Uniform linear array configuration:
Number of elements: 8
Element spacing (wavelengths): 0.5
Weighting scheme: hann
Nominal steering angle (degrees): -60
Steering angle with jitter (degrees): -59.9
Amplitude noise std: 0.05
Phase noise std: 0.05

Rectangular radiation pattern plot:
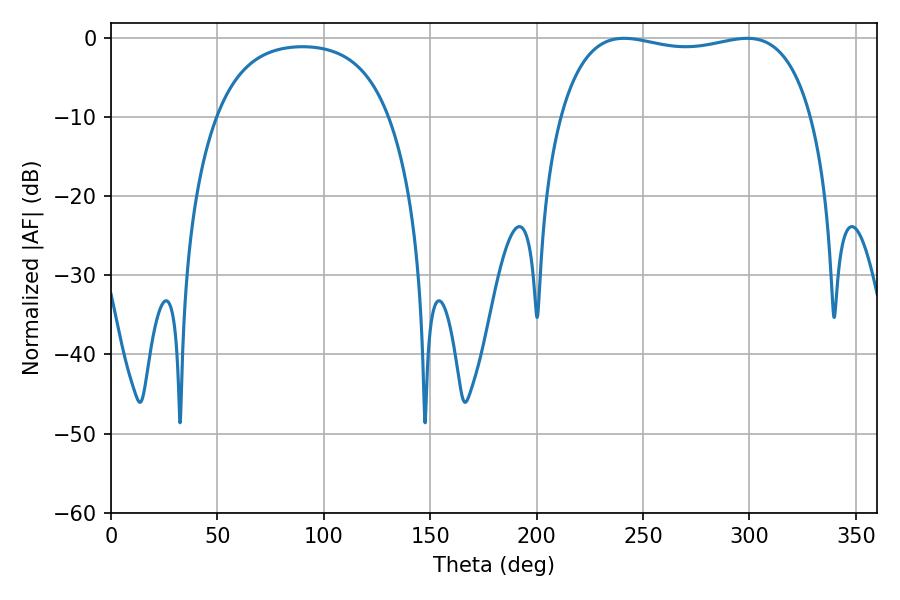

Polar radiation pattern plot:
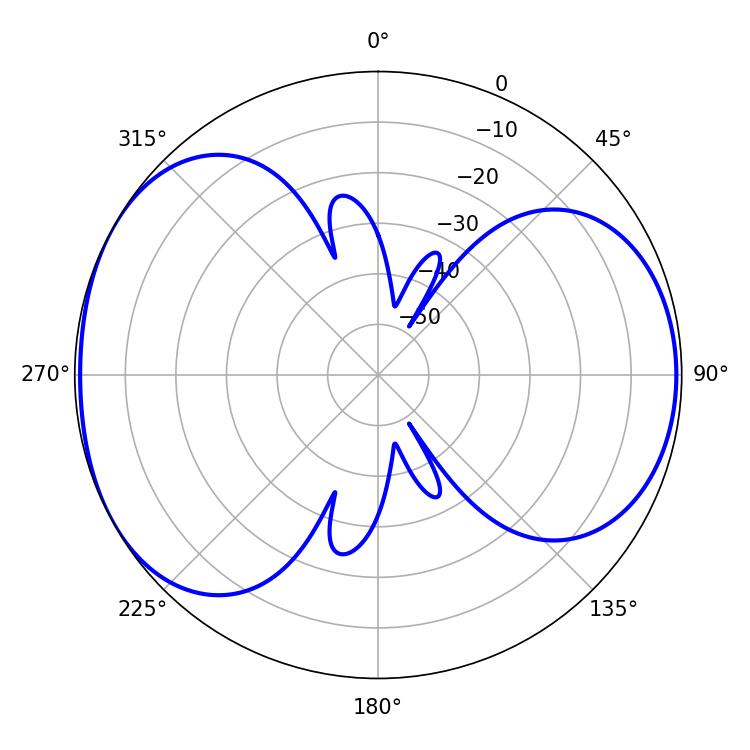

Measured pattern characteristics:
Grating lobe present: FALSE
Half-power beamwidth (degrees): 95.76
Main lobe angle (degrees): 241.02